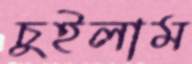
চুইলাম